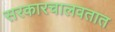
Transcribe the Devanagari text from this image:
सरकारचालवतात